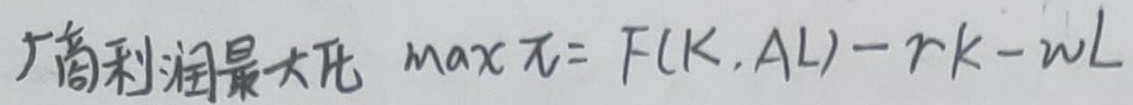
厂商利润最大化 $\max \pi = F(K,AL)-rK - wL$